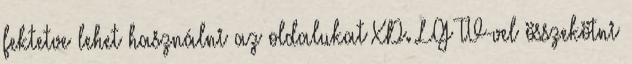
fektetve lehet használni az oldalukat XD. LG TV-vel összekötni